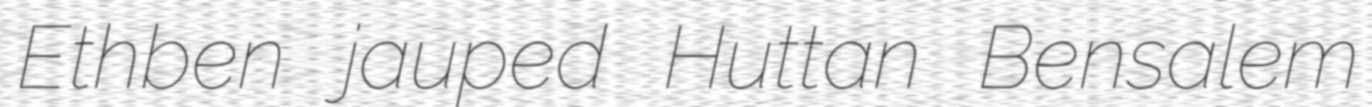
Ethben jauped Huttan Bensalem